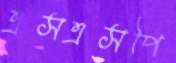
এসএসপি